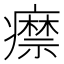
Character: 𤻎